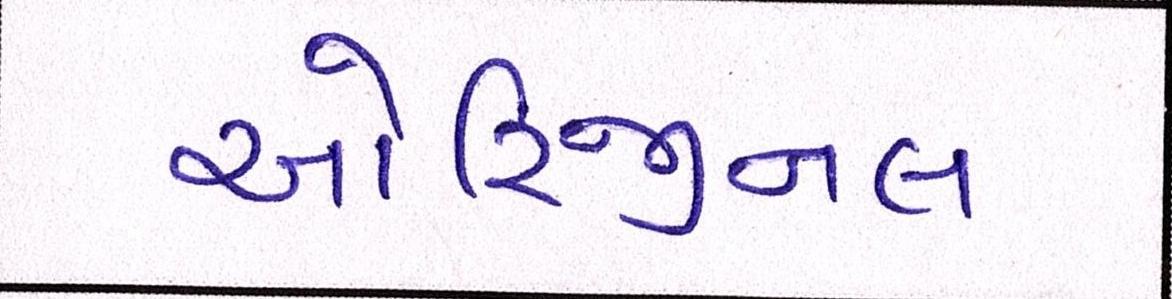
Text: ઓરિજીનલ